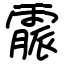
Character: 霢